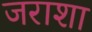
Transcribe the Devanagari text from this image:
जराशा